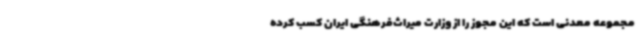
مجموعه معدنی است که این مجوز را از وزارت میراث‌فرهنگی ایران کسب کرده